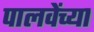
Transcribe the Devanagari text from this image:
पालवेंच्या